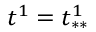
t ^ { 1 } = t _ { * * } ^ { 1 }